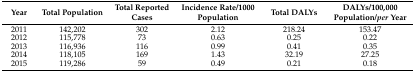
<table><thead><tr><td><b>Year</b></td><td><b>Total Population</b></td><td><b>Total Reported Cases</b></td><td><b>Incidence Rate/1000 Population</b></td><td><b>Total DALYs</b></td><td><b>DALYs/100,000 Population/<i>per</i> Year</b></td></tr></thead><tbody><tr><td>2011</td><td>142,202</td><td>302</td><td>2.12</td><td>218.24</td><td>153.47</td></tr><tr><td>2012</td><td>115,778</td><td>73</td><td>0.63</td><td>0.25</td><td>0.22</td></tr><tr><td>2013</td><td>116,936</td><td>116</td><td>0.99</td><td>0.41</td><td>0.35</td></tr><tr><td>2014</td><td>118,105</td><td>169</td><td>1.43</td><td>32.19</td><td>27.25</td></tr><tr><td>2015</td><td>119,286</td><td>59</td><td>0.49</td><td>0.21</td><td>0.18</td></tr></tbody></table>